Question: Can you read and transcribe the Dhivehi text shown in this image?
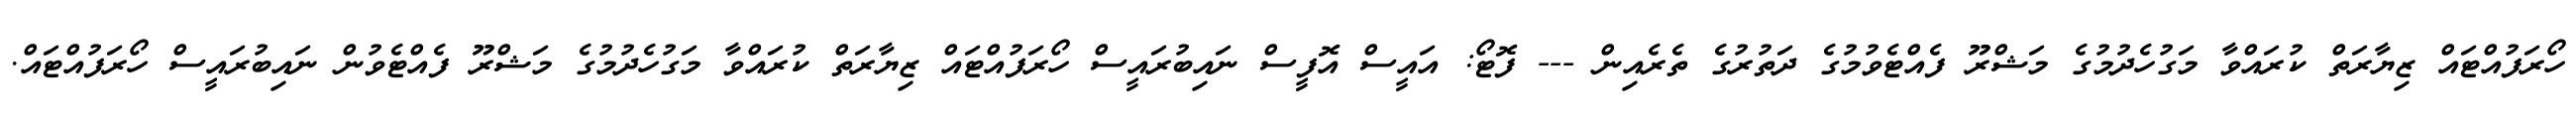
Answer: ހޯރަފުއްޓައް ޒިޔާރަތް ކުރައްވާ މަގުހެދުމުގެ މަޝްރޫ ފެއްޓެވުމުގެ ދަތުރުގެ ތެރެއިން --- ފޮޓޯ: އައީސް އޮފީސް ނައިބުރައީސް ހޯރަފުއްޓައް ޒިޔާރަތް ކުރައްވާ މަގުހެދުމުގެ މަޝްރޫ ފެއްޓެވުން ނައިބުރައީސް ހޯރަފުއްޓައް.